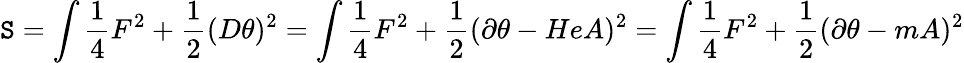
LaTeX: \mathtt{S}=\int{\frac{{1}}{{4}}}F^{2}+{\frac{{1}}{{2}}}(D\theta)^{2}=\int{\frac{{1}}{{4}}}F^{2}+{\frac{{1}}{{2}}}(\partial\theta-HeA)^{2}=\int{\frac{{1}}{{4}}}F^{2}+{\frac{{1}}{{2}}}(\partial\theta-mA)^{2}